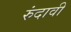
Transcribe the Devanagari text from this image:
रुंदावी